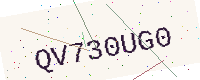
Text: QV730UG0